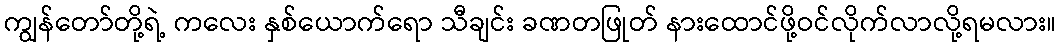
ကျွန်တော်တို့ရဲ့ ကလေး နှစ်ယောက်ရော သီချင်း ခဏတဖြုတ် နားထောင်ဖို့ဝင်လိုက်လာလို့ရမလား။